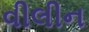
વીલીન